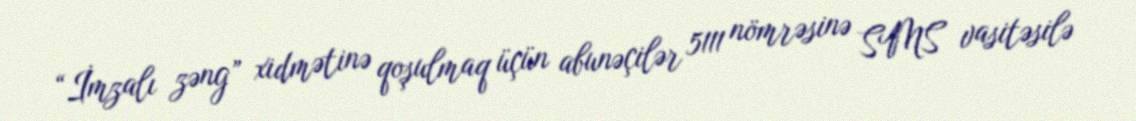
“İmzalı zəng” xidmətinə qoşulmaq üçün abunəçilər 5111 nömrəsinə SMS vasitəsilə